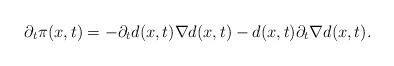
LaTeX: \begin{align*} \partial_t\pi(x,t) = -\partial_td(x,t)\nabla d(x,t)-d(x,t)\partial_t\nabla d(x,t). \end{align*}